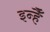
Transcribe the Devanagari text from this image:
इन्हैँ